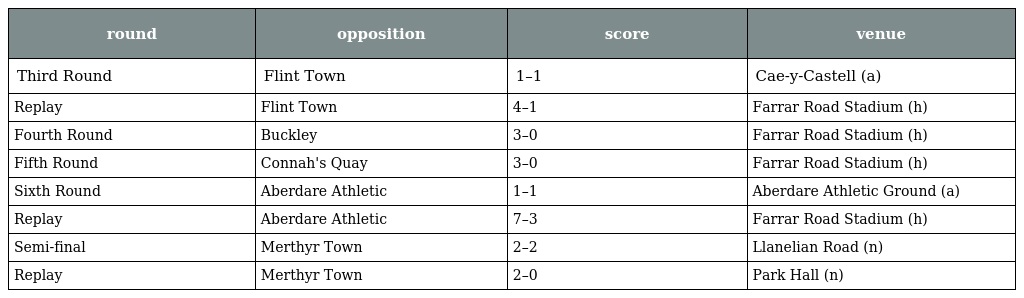
| round | opposition | score | venue |
 | --- | --- | --- | --- |
 | Third Round | Flint Town | 1–1 | Cae-y-Castell (a) |
 | Replay | Flint Town | 4–1 | Farrar Road Stadium (h) |
 | Fourth Round | Buckley | 3–0 | Farrar Road Stadium (h) |
 | Fifth Round | Connah's Quay | 3–0 | Farrar Road Stadium (h) |
 | Sixth Round | Aberdare Athletic | 1–1 | Aberdare Athletic Ground (a) |
 | Replay | Aberdare Athletic | 7–3 | Farrar Road Stadium (h) |
 | Semi-final | Merthyr Town | 2–2 | Llanelian Road (n) |
 | Replay | Merthyr Town | 2–0 | Park Hall (n) |